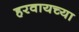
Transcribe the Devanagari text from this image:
हरवायच्या